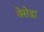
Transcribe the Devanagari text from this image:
वेसेडा